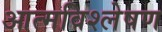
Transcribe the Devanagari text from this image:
आत्मविश्लेषण